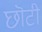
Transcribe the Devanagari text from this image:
छॊटी